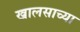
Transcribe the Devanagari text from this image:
खालसाच्या